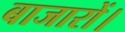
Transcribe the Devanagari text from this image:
बाजारों।